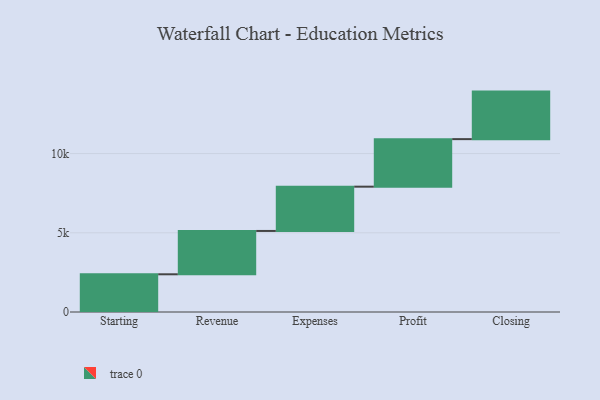
{"axis": {"x": "Step", "y": "Value"}, "legend": [""], "data": [{"x": "Starting", "y": 2380.0, "type": ""}, {"x": "Revenue", "y": 2735.0, "type": ""}, {"x": "Expenses", "y": 2795.0, "type": ""}, {"x": "Profit", "y": 3000, "type": ""}, {"x": "Closing", "y": 3000, "type": ""}]}